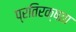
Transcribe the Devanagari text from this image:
प्रतिरक्षता